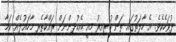
ދުވަހެކެވެ. އެ ހާލަތުގައި ތަން ހުރިއިރު މިއީ އެކުދިންނަށް ރައްކާތެރި މާހައުލެއް ކަމާ